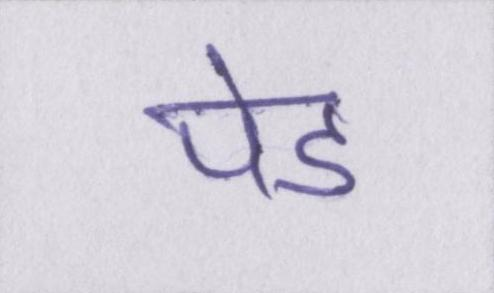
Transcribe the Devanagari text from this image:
पेड